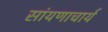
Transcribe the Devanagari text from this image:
सांयणाचार्य